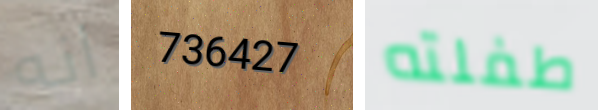
انه 736427 طفلته